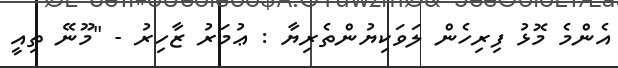
އެންމެ މޮޅު ފިރިހެން ލަވަކިޔުންތެރިޔާ : ޢުމަރު ޒާހިރު - "މޫނޭ ތިއީ